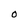
Character: O